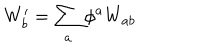
W _ { b } ^ { \prime } = \sum _ { a } \phi ^ { a } W _ { a b }